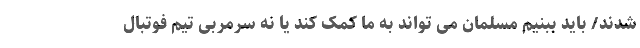
شدند/ باید ببنیم مسلمان می تواند به ما کمک کند یا نه سرمربی تیم فوتبال